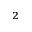
_ 2